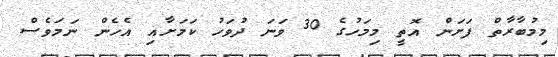
މިމުބާރާތް ފަށަން އޮތީ މިމަހުގެ 30 ވަނަ ދުވަހު ކަމަށާއި އެހެން ނަަމަވެސް